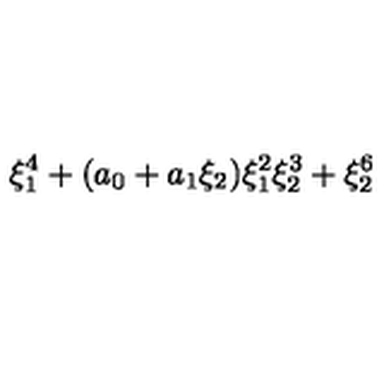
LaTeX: \xi _ { 1 } ^ { 4 } + ( a _ { 0 } + a _ { 1 } \xi _ { 2 } ) \xi _ { 1 } ^ { 2 } \xi _ { 2 } ^ { 3 } + \xi _ { 2 } ^ { 6 }